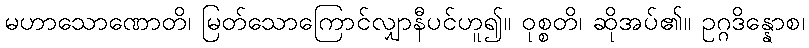
မဟာသောဏောတိ၊ မြတ်သောကြောင်လျှာနီပင်ဟူ၍။ ဝုစ္စတိ၊ ဆိုအပ်၏။ ဥဂ္ဂဒိန္နောစ၊